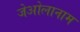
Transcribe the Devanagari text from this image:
जेओलानाम